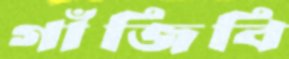
গাঁজিবি